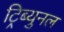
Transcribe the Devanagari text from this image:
ट्रिब्युनल